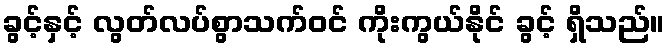
ခွင့်နှင့် လွတ်လပ်စွာသက်ဝင် ကိုးကွယ်နိုင် ခွင့် ရှိသည်။